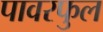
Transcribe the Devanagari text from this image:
पावरफुल